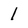
Character: 1